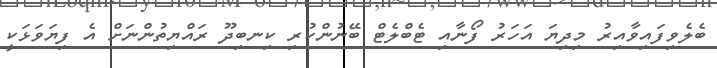
ބެލެވިފައިވާއިރު މިދިޔަ އަހަރު ފޯނާއި ޓެބްލެޓް ބޭނުންކުރި ކިނބިދޫ ރައްޔިތުންނަށް އެ ފިޔަވަޅަކީ